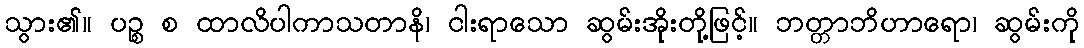
သွား၏။ ပဉ္စ စ ထာလိပါကာသတာနိ၊ ငါးရာသော ဆွမ်းအိုးတို့ဖြင့်။ ဘတ္တာဘိဟာရော၊ ဆွမ်းကို